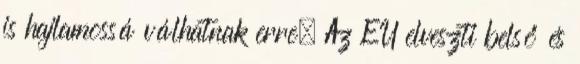
is hajlamossá válhatnak erre. Az EU elveszti belső és